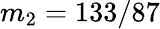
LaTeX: m_{2}=133/87